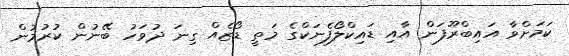
ކަމަށްވާ އައިބްރޫފަން އާއި ޑައިކްލޯފެނަކްގެ މަތީ ޑޯޒެއް ގިނަ ދުވަހު ބޭނުން ކުރުމުން